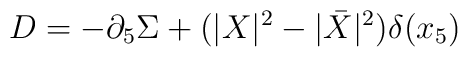
D = -\partial_5 \Sigma + (|X|^2 - |\bar{X}|^2) \delta(x_5)